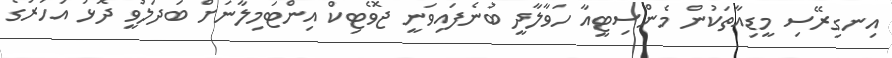
އިނގިރޭސި މީޑިއާތަކުން މެންސިޓީއާ ހަވާލާދީ ބުނެފައިވަނީ ޖޮވެޓިކް އިންޓަމިލާނަށް ބަދަލުވީ ދޮޅު އަހަރުގެ